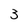
Character: 3